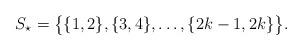
LaTeX: \begin{align*} S_\star=\big\{ \{1,2\},\{3,4\},\dots,\{2k-1,2k\}\big\}.\end{align*}